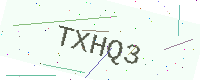
Text: TXHQ3